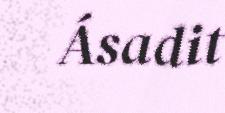
Ásadit